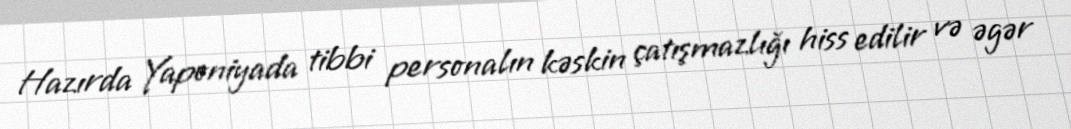
Hazırda Yaponiyada tibbi personalın kəskin çatışmazlığı hiss edilir və əgər